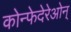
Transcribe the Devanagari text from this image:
कोन्फेदेरेओन्